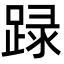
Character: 䟿